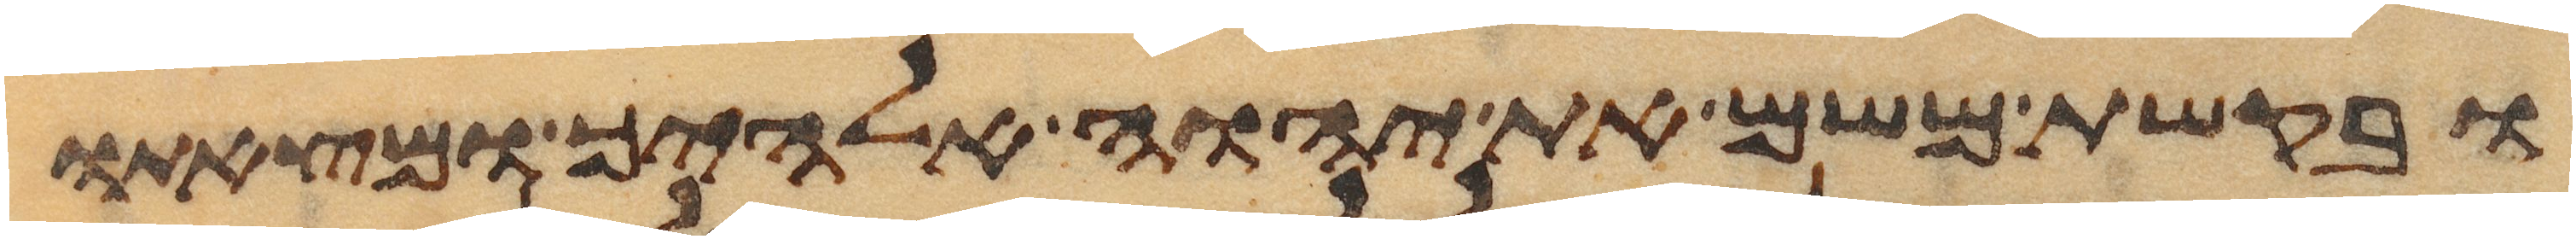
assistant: ובקשת משם את יהוה אלהיך ומצאתו